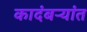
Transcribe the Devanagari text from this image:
कादंबऱ्यांत